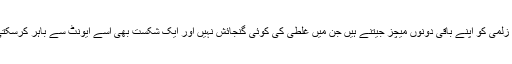
پشاور زلمی کو اپنے باقی دونوں میچز جیتنے ہیں جن میں غلطی کی کوئی گنجائش نہیں اور ایک شکست بھی اسے ایونٹ سے باہر کرسکتی ہے۔